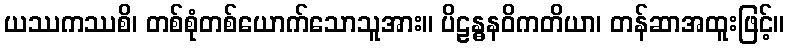
ယဿကဿစိ၊ တစ်စုံတစ်ယောက်သောသူအား။ ပိဠန္ဓနဝိကတိယာ၊ တန်ဆာအထူးဖြင့်။